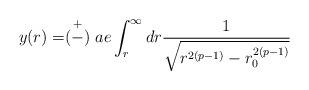
LaTeX: \begin{align*}y(r)=\stackrel{+}{(-)}ae\int^{\infty}_rdr\frac{1}{\sqrt{r^{2(p-1)}-r^{2(p-1)}_0}}\end{align*}